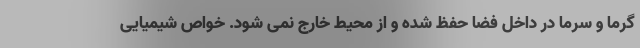
گرما و سرما در داخل فضا حفظ شده و از محیط خارج نمی شود. خواص شیمیایی